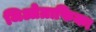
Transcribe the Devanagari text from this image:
जिओग्राफिका